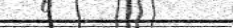
٤٣